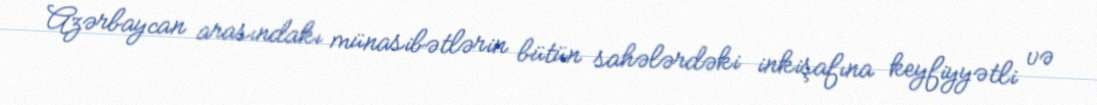
Azərbaycan arasındakı münasibətlərin bütün sahələrdəki inkişafına keyfiyyətli və